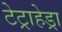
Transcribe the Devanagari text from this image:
टेट्राहेड्रा